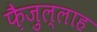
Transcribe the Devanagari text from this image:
फ़ैज़ुल्लाह